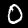
Label: 0